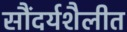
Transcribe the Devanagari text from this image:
सौंदर्यशैलीत